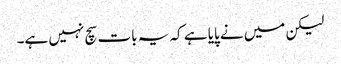
لیکن میں نے پایا ہے کہ یہ بات سچ نہیں ہے۔